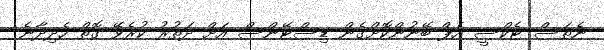
ނެތަސް ޓެކްސީ އެޕް ބޭނުންކޮށްގެން ޑިސްޓޭންސް އަށް ދަތުރު ކުރެވޭ ގޮތް ހެދިދާނެ